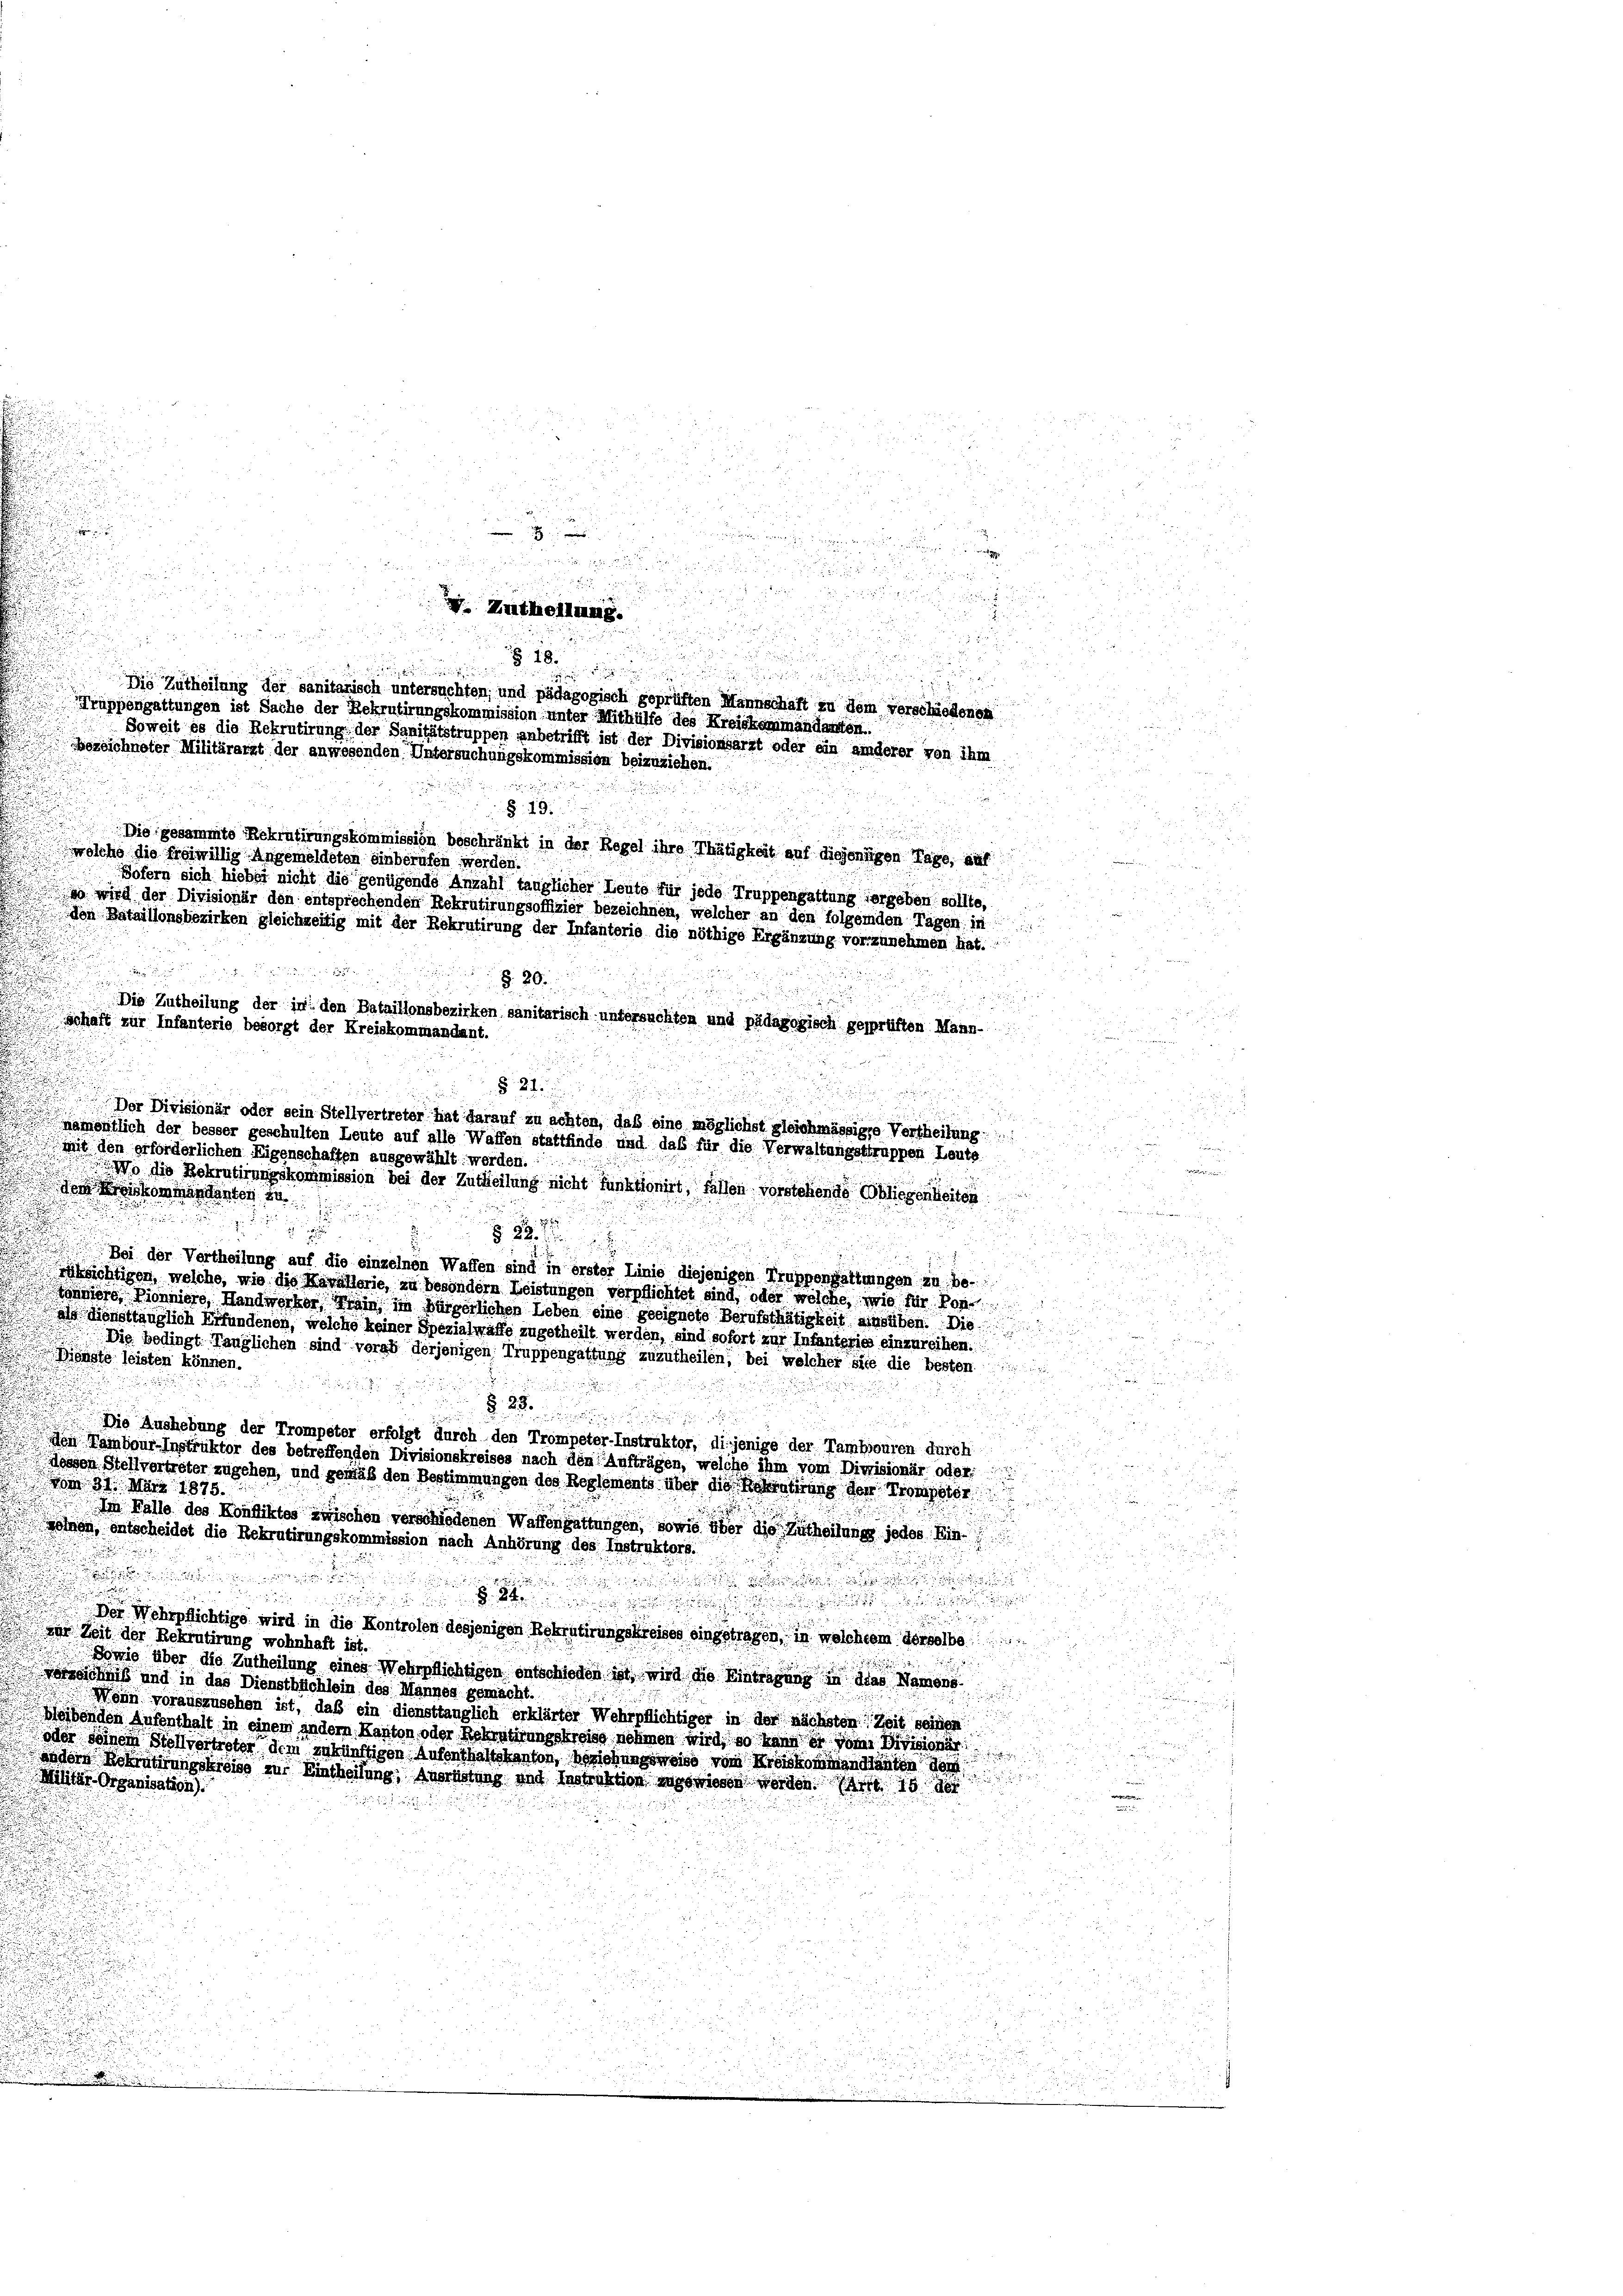
.

E
i

schaft zur Infanterie besorgt der Kreiskommandant.

.
mit den erforderlichen Eigenschaften ausgewählt: werden
Wo die Rekrutirungskommission bei der Zutheilung nicht Funktionirt, fällen vorstehende Obliegenheiten
 den Kreisterminderter in

i

u
als donattauglich Erfundenen, welche keiner Spezialwaffe zugetheilt werden, sind sofort zur Infantens einzureihen.
Die bedingt Tänglichen sind verab derjenigen Truppengattung zuzutheilen, bei welcher site die besten
inste leisten können.

§. 29.

Die Aushebung der Trompeter erfolgt durch den Trompeter-Instruktor, diejenige der Tambouren durch
den Tambour-Instruktor des betreffenden Divisionskreises nach den Aufträgen, welche ihm vom Divisionär oder
dessen Stellvertreter zugehen, und gemäß den Bestimmungen des Reglements über die Rekrutirung der Promptor
vom 31. März 1875.
Im Falle des Konfliktes zwischen verschiedenen Waffengattungen, sowie über die Zutheilung jedes Ein-
gonnen, entscheidet die Rekrutirungskommission nach Anhörung des Instruktors.

52

Der Wehrpflichtige wird in die Kontrolen desjenigen Rekrutirungskreises eingetragen, in welchem derselbe
ger Zeit der Rekrutirung wohnhaft ist.
Sowie über die Zutheilung eines Wehrpflichtigen entschieden ist, wird die Eintragung in das Namens
neichniß und in das Dienstbüchlein des Mannes gemacht.
n
Wein vorauszusehen ist, daß ein diensttänglich erklärter Wehrpflichtiger in der nächsten Zeit seinen
bleibenden Aufenthalt in einem andern Kanton oder Rekrutirungskreise nehmen wird, so kann er von Divisionär
oder seinem Stellvertreter dem zukünftigen Aufenthaltskanton, beziehungsweise vom Kreiskommendianten dort
andern Rekrutirungskreise zur Eintheilung; Ausrüstung und Instruktion zugewiesen worden. Art. 15 de
Militar-Organisation).

.

1

.
e

n
e
un
V. Zutheilung.

d
u

u

826 u. die eine

Die Zutheilung der sanitarisch untersuchten, und pädagogisch geprüften Mannschaft zu dem verschiedenen
Truppengattungen ist Sache der Rekrutirungskommission unter Mithülfe des Kreiskommandanten.
Soweit es die Rekrutirung der Sanitätstruppen anbetrifft ist der Divisionsarzt oder ein anderer von ihm
bezeichneter Militärarzt der anwesenden Untersuchungskommission beizuziehen.

§. 19.
Die gesammte Rekrutirungskommission beschränkt in der Regel ihre Thätigkeit auf diejenigen Tage, auf
wolche die Freiwillig angemeldeten einbernen worden.
Sofern sich hiebei nicht die genügende Anzahl tauglicher Leute für jede Truppengattung vergeben sollte,
wo wird der Divisionär den entsprechenden Rekrutirungsoffizier bezeichnen, welcher an den folgenden Tagen in
den Bataillonsbezirken gleichzeitig mit der Rekrutirung der Infanterie die nöthige Ergänzung vorzunehmen hat.
5

§ 80.

§ 24.
Der Divisionär oder sein Stellvertreter hat darauf zu achten, daß eine möglichst gleichmässige Vertheilung
namentlich der besser geschulten Leute auf alle Waffen stattfinde und das für die Verwaltungstruppen Leute

tamiers Dionniers, Handwerker, Train, im bürgerlichen Leben eine geeignete Berufsthätigkeit unsüben. Die

Die Zutheilung der in den Bataillonsbezirken sanitarisch untersuchten und pädagogisch gesprüften Mann-
n

Bei der Vertheilung auf die einzelnen Waffen sind in erster Linie diejenigen Truppengattungen zu be-
rüksichtigen, welche, wie die Kavallerie, zu besondern Leistungen verpflichtet sind, oder welche, wie für Pon

i